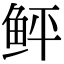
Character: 鲆